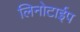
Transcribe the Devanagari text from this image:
लिनोटाईप